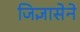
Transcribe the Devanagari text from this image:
जिज्ञासेने